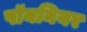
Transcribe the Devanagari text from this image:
पॉयनियर